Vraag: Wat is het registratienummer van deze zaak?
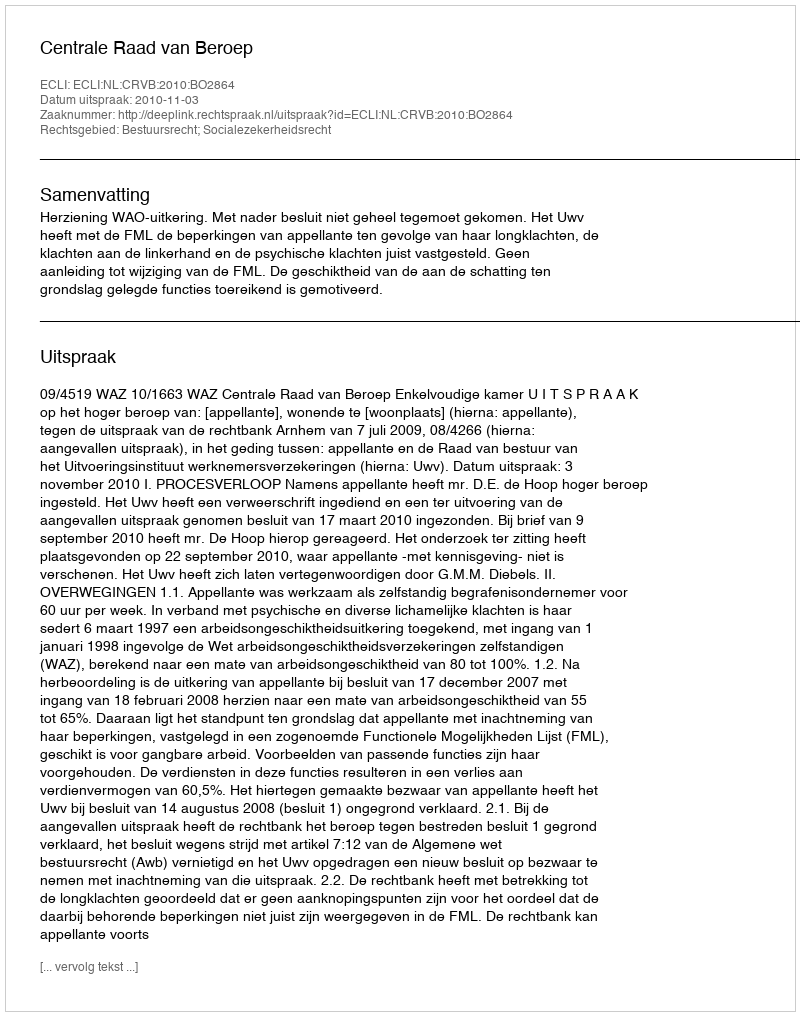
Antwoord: http://deeplink.rechtspraak.nl/uitspraak?id=ECLI:NL:CRVB:2010:BO2864